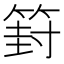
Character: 篈